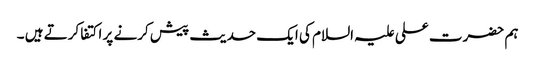
ہم حضرت علی علیہ السلام کی ایک حدیث پیش کرنے پر اکتفا کرتے ہیں ۔